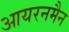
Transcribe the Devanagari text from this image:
आयरनमैन